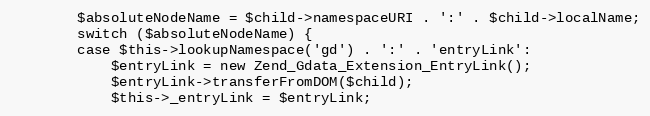
Language: PHP
        $absoluteNodeName = $child->namespaceURI . ':' . $child->localName;
        switch ($absoluteNodeName) {
        case $this->lookupNamespace('gd') . ':' . 'entryLink':
            $entryLink = new Zend_Gdata_Extension_EntryLink();
            $entryLink->transferFromDOM($child);
            $this->_entryLink = $entryLink;